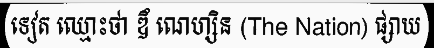
ទៀត ឈ្មោះថា ឌឹ ណេហ្សិន (The Nation) ផ្សាយ